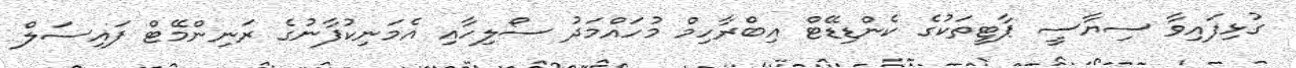
ގުޅިފައިވާ ސިޔާސީ ޕާޓީތަކުގެ ކެންޑިޑޭޓް އިބްރާހިމް މުހައްމަދު ސޯލިހާއި އެމަނިކުފާނުގެ ރަނިންމޭޓް ފައިސަލް